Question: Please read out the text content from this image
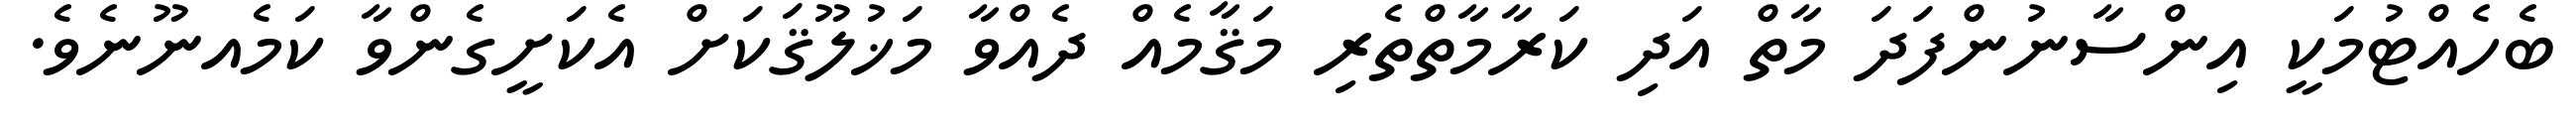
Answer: ބެހެއްޓުމަކީ އިންސާނުންފަދަ މާތް އަދި ކަރާމާތްތެރި މަޤާމެއް ދެއްވާ މަޚުލޫޤަކަށް އެކަށީގެންވާ ކަމެއނޫނެވެ.